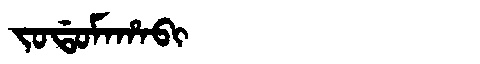
Manchu: ᠵᠣᡩᠣᠮᠠᡥᠠᠪᡳ
Romanization: JODOMAHABI